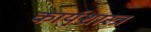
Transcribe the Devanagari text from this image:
कार्यशास्त्र